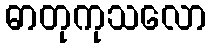
ဓာတုကုသလော